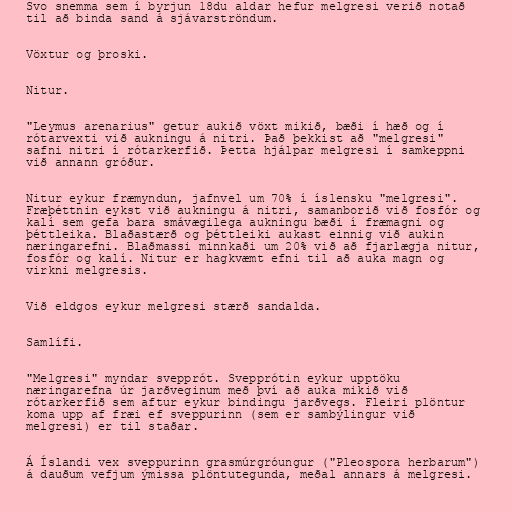
Svo snemma sem í byrjun 18du aldar hefur melgresi verið notað
til að binda sand á sjávarströndum.

Vöxtur og þroski.

Nitur.

"Leymus arenarius" getur aukið vöxt mikið, bæði í hæð og í
rótarvexti við aukningu á nitri. Það þekkist að "melgresi"
safni nitri í rótarkerfið. Þetta hjálpar melgresi í samkeppni
við annann gróður.

Nitur eykur fræmyndun, jafnvel um 70% í íslensku "melgresi".
Fræþéttnin eykst við aukningu á nitri, samanborið við fosfór og
kalí sem gefa bara smávægilega aukningu bæði í fræmagni og
þéttleika. Blaðastærð og þéttleiki aukast einnig við aukin
næringarefni. Blaðmassi minnkaði um 20% við að fjarlægja nitur,
fosfór og kalí. Nitur er hagkvæmt efni til að auka magn og
virkni melgresis.

Við eldgos eykur melgresi stærð sandalda.

Samlífi.

"Melgresi" myndar svepprót. Svepprótin eykur upptöku
næringarefna úr jarðveginum með því að auka mikið við
rótarkerfið sem aftur eykur bindingu jarðvegs. Fleiri plöntur
koma upp af fræi ef sveppurinn (sem er sambýlingur við
melgresi) er til staðar.

Á Íslandi vex sveppurinn grasmúrgróungur ("Pleospora herbarum")
á dauðum vefjum ýmissa plöntutegunda, meðal annars á melgresi.